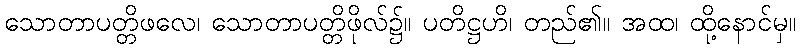
သောတာပတ္တိဖလေ၊ သောတာပတ္တိဖိုလ်၌။ ပတိဋ္ဌဟိ၊ တည်၏။ အထ၊ ထို့နောင်မှ။